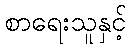
စာရေးသူနှင့်